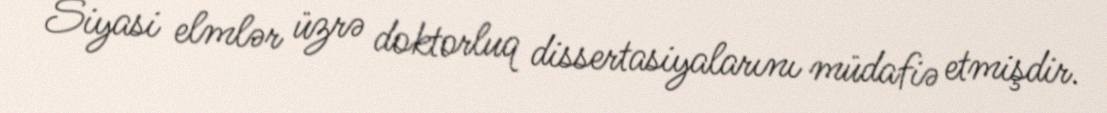
Siyasi elmlər üzrə doktorluq dissertasiyalarını müdafiə etmişdir.